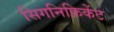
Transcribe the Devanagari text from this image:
सिगनिफ़िकेंट